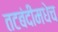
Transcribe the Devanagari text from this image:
तटबंदीमधेच